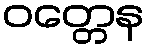
ဝတ္တေန